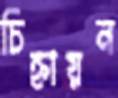
চিহ্নায়ন